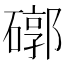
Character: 𥕖